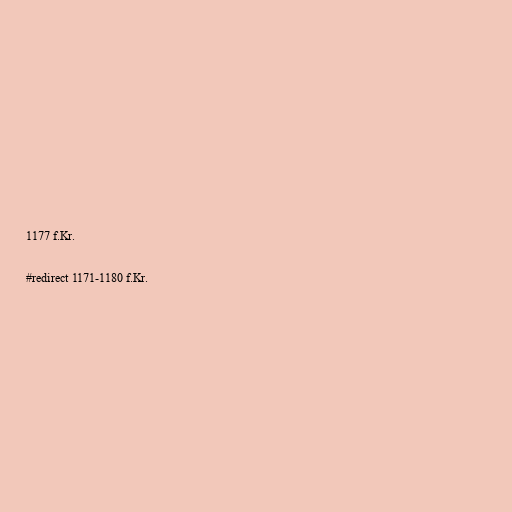
1177 f.Kr.

#redirect 1171-1180 f.Kr.